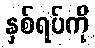
နှစ်ရပ်ကို